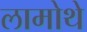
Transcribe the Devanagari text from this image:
लामोथे